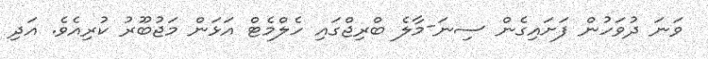
ވަނަ ދުވަހުން ފަށައިގެން ސިނަ-މާލެ ބްރިޖްގައި ހެލްމެޓް އަޅަން މަޖުބޫރު ކުރިއެވެ. އަދި